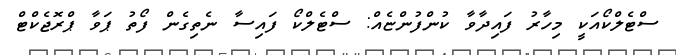
ސްޓެލްކޯއަކީ މިހާރު ފައިދާވާ ކުންފުންޏެއް: ސްޓެލްކޯ ފައިސާ ނެތިގެން ފޯތު ޕަވާ ޕްރޮޖެކްޓް